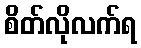
စိတ်လိုလက်ရ